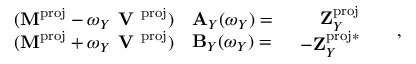
\begin{array} { r } { \begin{array} { c c } { ( \mathbf { M } ^ { \mathrm { p r o j } } - \omega _ { Y } \textbf { V } ^ { \mathrm { p r o j } } ) } \\ { ( \mathbf { M } ^ { \mathrm { p r o j } } + \omega _ { Y } \textbf { V } ^ { \mathrm { p r o j } } ) } \end{array} \begin{array} { l } { \mathbf { A } _ { Y } ( \omega _ { Y } ) = } \\ { \mathbf { B } _ { Y } ( \omega _ { Y } ) = } \end{array} \begin{array} { l } { \begin{array} { r l } { \mathbf { Z } _ { Y } ^ { \mathrm { p r o j } } } & { } \\ { \mathbf { - Z } _ { Y } ^ { \mathrm { p r o j } * } } & { } \end{array} } \end{array} , } \end{array}